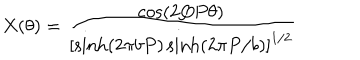
LaTeX: X ( \theta ) = \frac { \cos ( 2 Q P \theta ) } { \left[ \sinh ( 2 \pi b P ) \sinh ( 2 \pi P / b ) \right] ^ { 1 / 2 } }